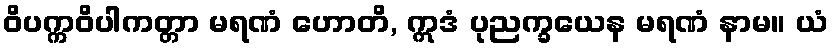
ဝိပက္ကဝိပါကတ္တာ မရဏံ ဟောတိ, ဣဒံ ပုညက္ခယေန မရဏံ နာမ။ ယံ